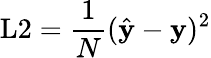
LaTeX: \textrm{L2}=\frac{1}{N}(\hat{\textbf{y}}-\textbf{y})^{2}